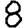
Digit: 8